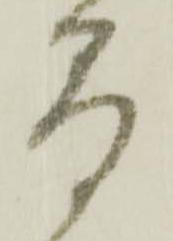
間